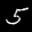
Label: 5